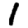
Digit: 1